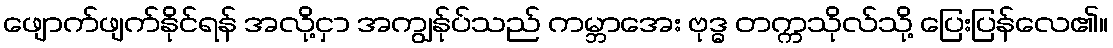
ဖျောက်ဖျက်နိုင်ရန် အလို့ငှာ အကျွန်ုပ်သည် ကမ္ဘာအေး ဗုဒ္ဓ တက္ကသိုလ်သို့ ပြေးပြန်လေ၏။